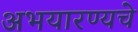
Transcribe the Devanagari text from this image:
अभयारण्यचे